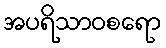
အပရိသာဝစရော